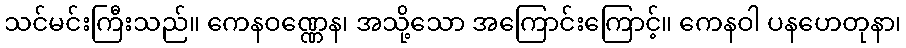
သင်မင်းကြီးသည်။ ကေနဝဏ္ဏေန၊ အသို့သော အကြောင်းကြောင့်။ ကေနဝါ ပနဟေတုနာ၊